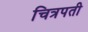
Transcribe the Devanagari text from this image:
चित्रपती